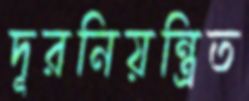
দূরনিয়ন্ত্রিত